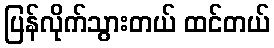
ပြန်လိုက်သွားတယ် ထင်တယ်